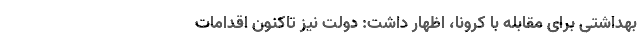
بهداشتی برای مقابله با کرونا، اظهار داشت: دولت نیز تاکنون اقدامات